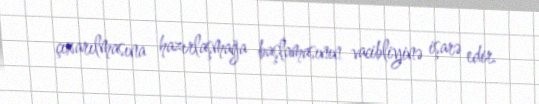
çıxarılmasına hazırlaşmağa başlamasının vacibliyinə işarə edir.